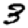
Digit: 3